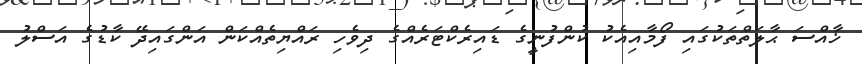
ޚާއްސަ ޙާލަތްތަކުގައި ފޯމާއިއެކު ކުންފުނީގެ ޑައިރެކްޓަރެއްގެ ދިވެހި ރައްޔިތެއްކަން އަންގައިދޭ ކާޑުގެ އަސްލު